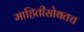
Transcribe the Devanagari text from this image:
माहितीसोबतच